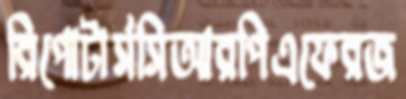
রিপোটার্সসিআরপিএফেরজ